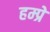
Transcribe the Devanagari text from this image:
हम्प्रे